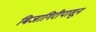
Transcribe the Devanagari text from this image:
बिजागिरीपासून